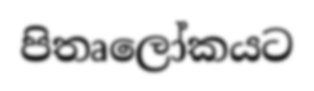
පිතෘලෝකයට